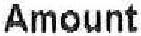
AMOUNT